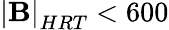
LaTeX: \mathbf{\left|B\right|}_{HRT}<600